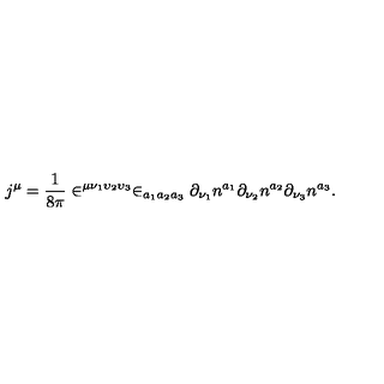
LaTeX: j ^ { \mu } = \frac 1 { 8 \pi } \in ^ { \mu \nu _ { 1 } \upsilon _ { 2 } \upsilon _ { 3 } } \in _ { a _ { 1 } a _ { 2 } a _ { 3 } } \partial _ { \nu _ { 1 } } n ^ { a _ { 1 } } \partial _ { \nu _ { 2 } } n ^ { a _ { 2 } } \partial _ { \nu _ { 3 } } n ^ { a _ { 3 } } .